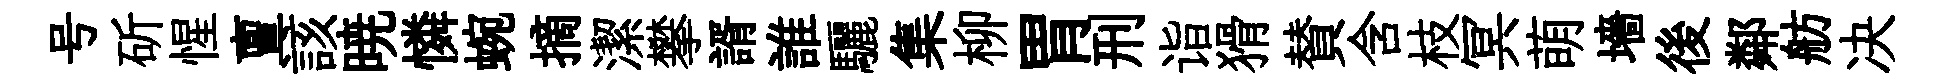
号斫惺亶該暁憐蜿摘潔攀諝誰驪集柳胃刑诣猾賛含枝冥萌墻後鄰舫决